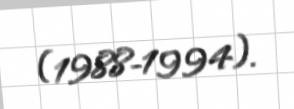
(1988-1994).